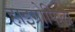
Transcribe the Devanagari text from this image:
हाइग्रोफिला